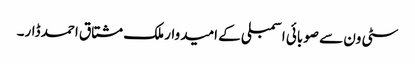
سٹی ون سے صوبائی اسمبلی کے امیدوار ملک مشتاق احمد ڈار۔